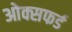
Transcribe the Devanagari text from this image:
ओक्सफर्ड